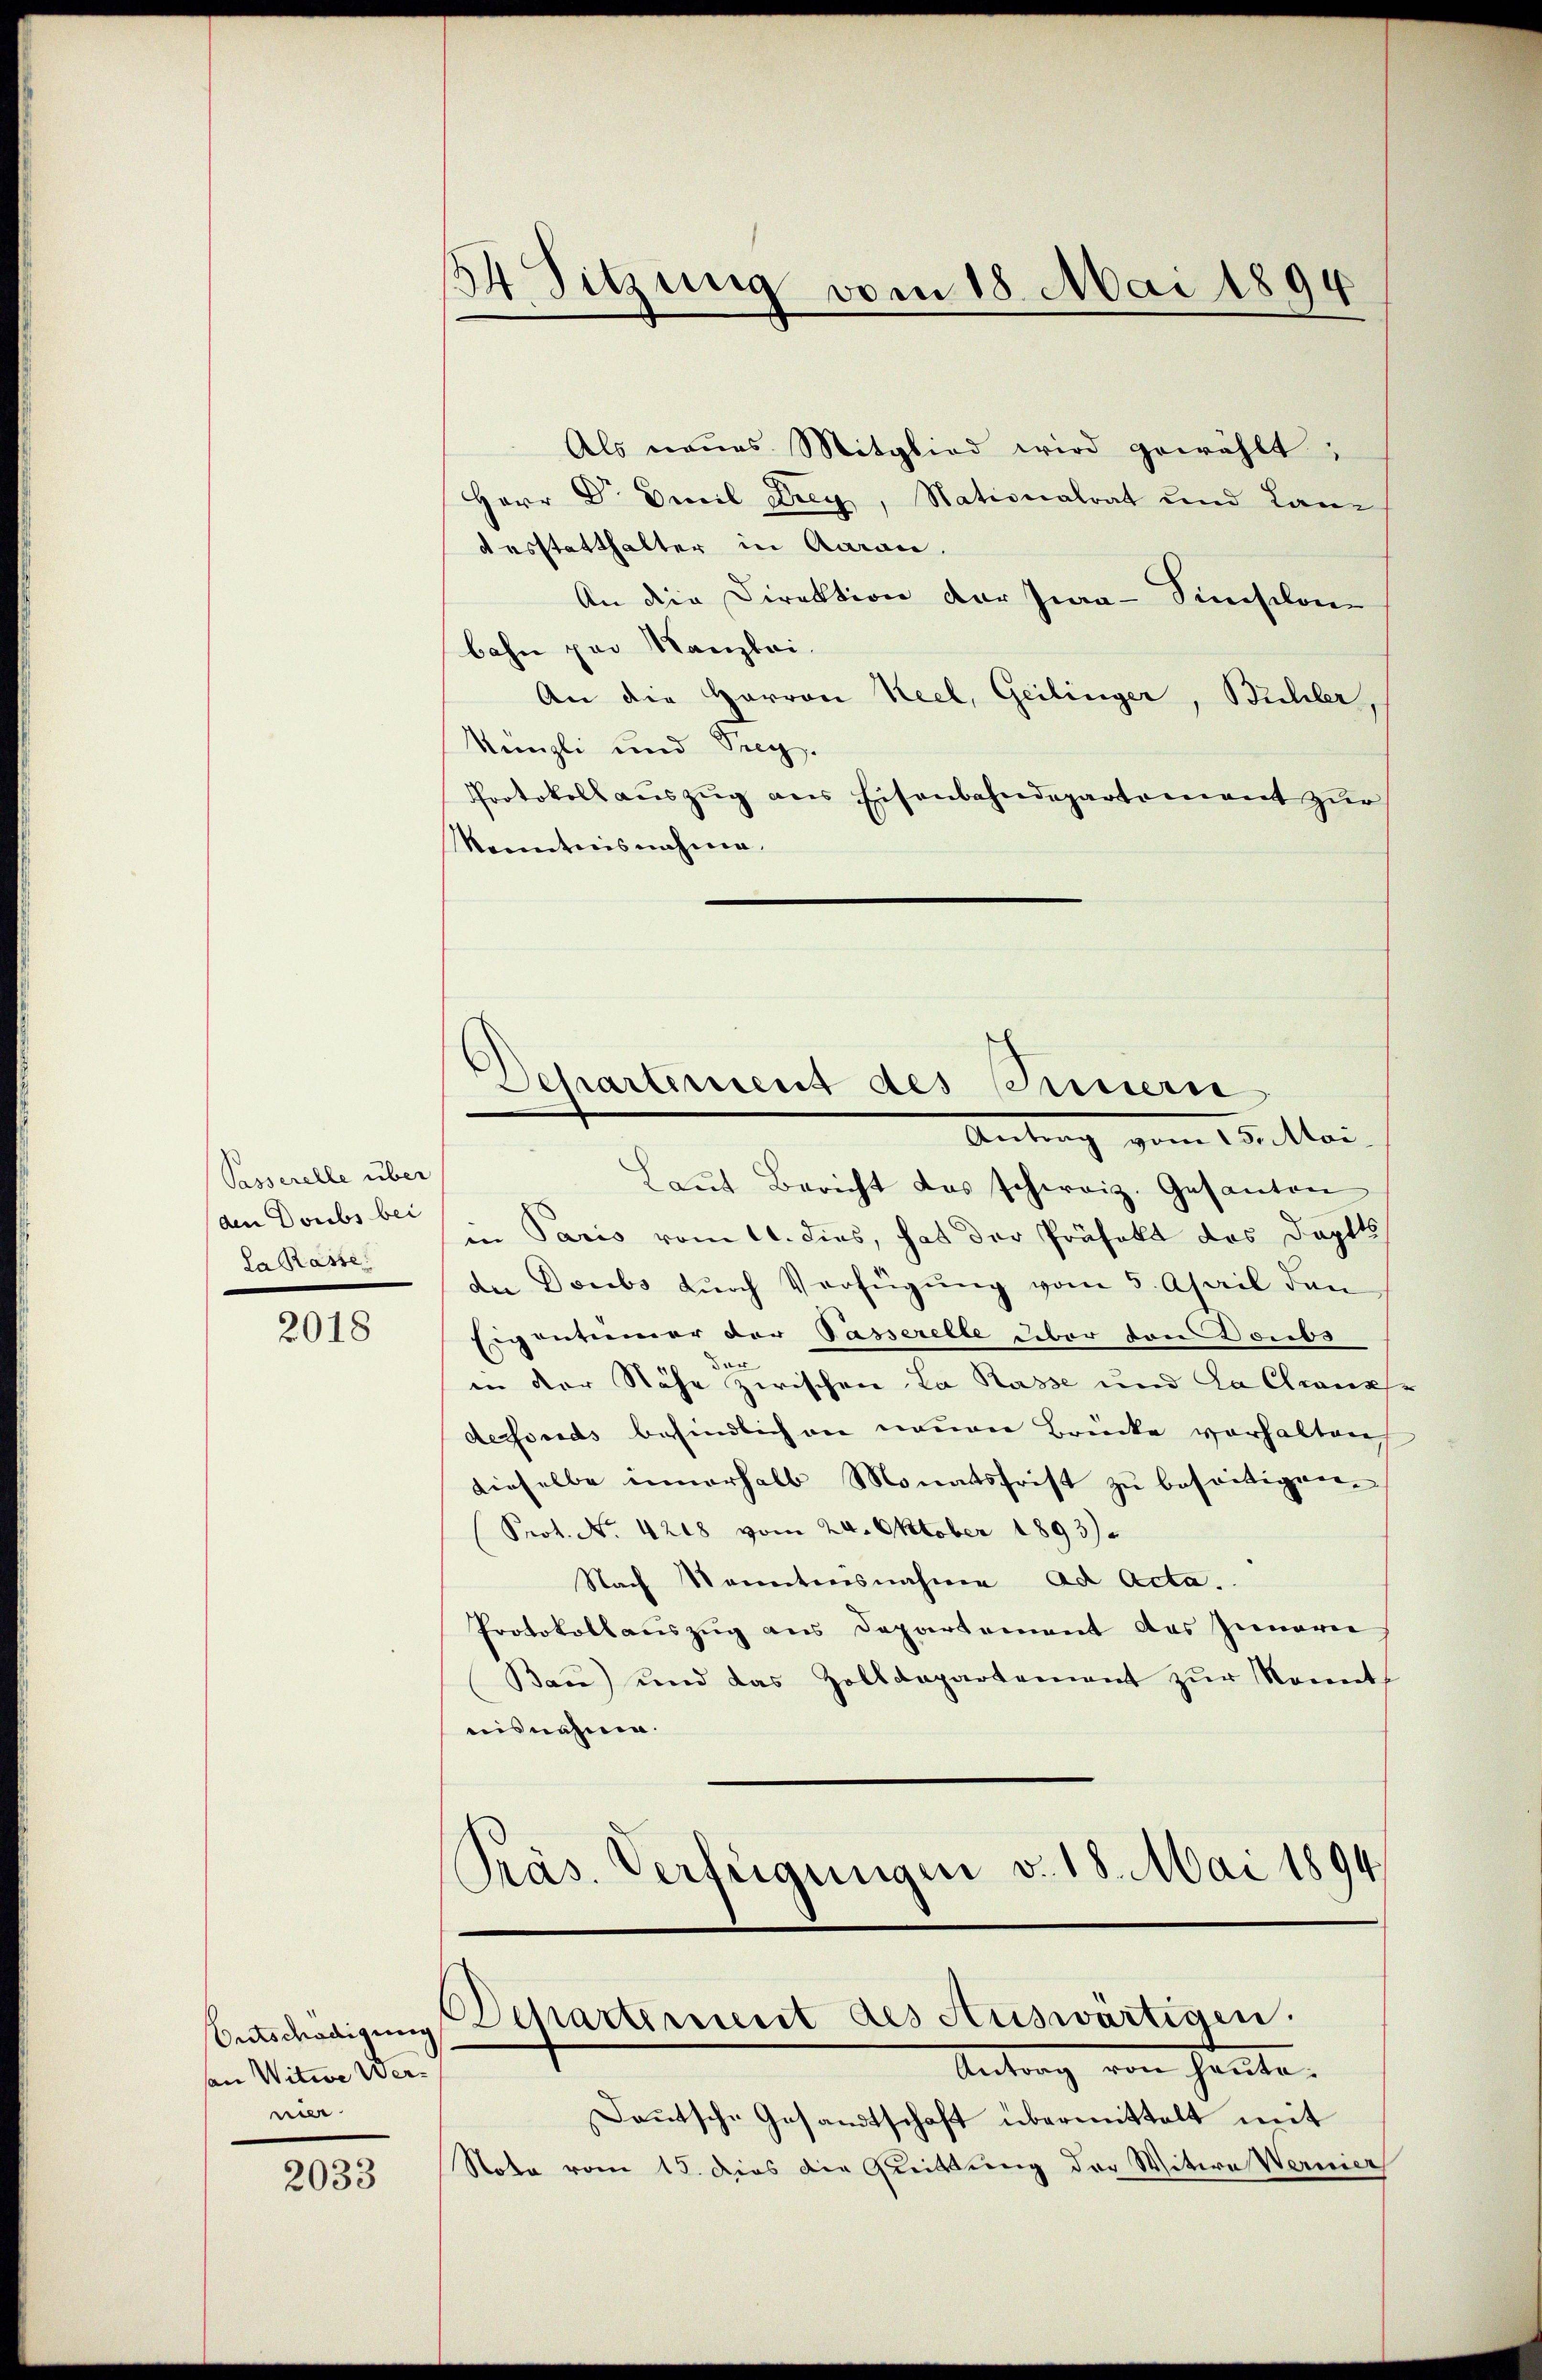
Passerelle über
den Doubs bei
La Rasse

2018

Ontschädigun
san Witwe Wermer

2033

124. Sitzung vom 18. Mai 1894

Als neues Mitglied wird gewählt;
Herr Dr Emil Frey, Nationalrat und Lanz
desstatthalter in Garan.
An die Direktion der Jura-Sinmischone
bahn par Kanzlei.
An die Harron Keel, Geilinger, Bühler,
Künzli und Sieg.
Protokoll auszug aus Eisenbahndepartement zur
Menntnisnahme.
Laut Bericht das schweiz. Gesanten
in Paris vom 11. dies, hat der Präfekt das Doptts
de Doubs durch Verfügung vom 5. April den
Eigentümer der Tasserelle über von Doubs
dar
in der Nähe zwischen La Rasse und La Chrank
desfonds befindlich an neuen Brücke vorhalten
dieselbe innerhalb Monatsfrist zu beseitigen.
Prot. No. 4218 vom 24. Oktober 1893).
Nach Kenntnisnahme ad Acta.
Protokollauszug aus Departement des Innern
Bau) und das Zolldepartement zur Konnt
aisnahme.
Präs. Verfügungen v. 18. Mai 1894

Departement des Sinnern
Antrag vom 15. Mar.

Departement des Auswärtigen.
Antrag von Heute.

Deutsche Gesandtschaft übermittelt mit
Note vom 15. dies die Quittung der Witwe Wernier